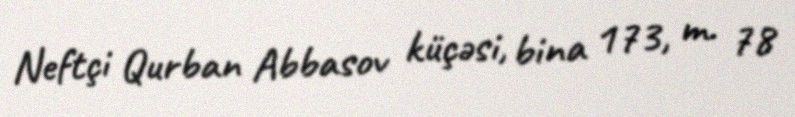
Neftçi Qurban Abbasov küçəsi, bina 173, m. 78